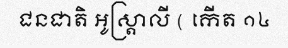
ជនជាតិ អូស្ត្រាលី ( កើត ១៤